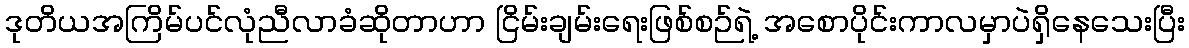
ဒုတိယအကြိမ်ပင်လုံညီလာခံဆိုတာဟာ ငြိမ်းချမ်းရေးဖြစ်စဉ်ရဲ့ အစောပိုင်းကာလမှာပဲရှိနေသေးပြီး